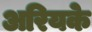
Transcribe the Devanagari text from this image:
अरियके